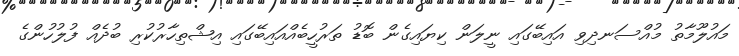
މައުލޫމާތު މުއްސަނދިވި އައިބޭގައި ނީލަން ކިޔައިގެން ބޮޑު ތަރުހީބެއްއައިބޭގައި އިޝްތިހާރުކުރި ބުދެއް ފުލުހުންގެ